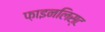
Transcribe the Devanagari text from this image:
फ़ाइनलिस्ट